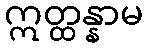
ဣတ္ထန္နာမ